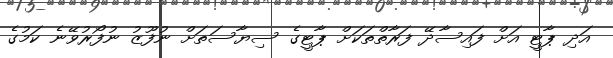
އަދި ޕާޓީ އަށް ފައިސާދޭ ފަރާތްތަކަށް ޕާޓީގެ ސިޔާސަތަށް ނުފޫޒު ނުފޯރުވޭނެ ކަމުގެ